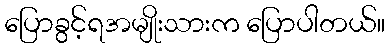
ပြောခွင့်ရအမျိုးသားက ပြောပါတယ်။